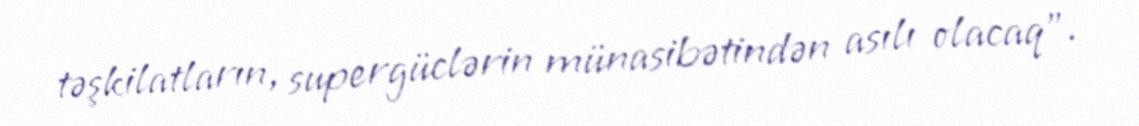
təşkilatların, supergüclərin münasibətindən asılı olacaq”.